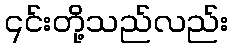
၎င်းတို့သည်လည်း